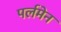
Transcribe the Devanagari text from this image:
पर्लमेन